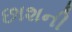
છાશની